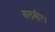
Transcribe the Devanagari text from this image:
बलबीर।